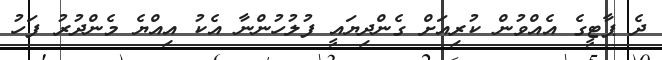
ދެ ޕާޓީގެ އެއްވުން ކުރިއަށް ގެންދިޔައީ ފުލުހުންނާ އެކު އިއްޔެ މެންދުރު ފަހު